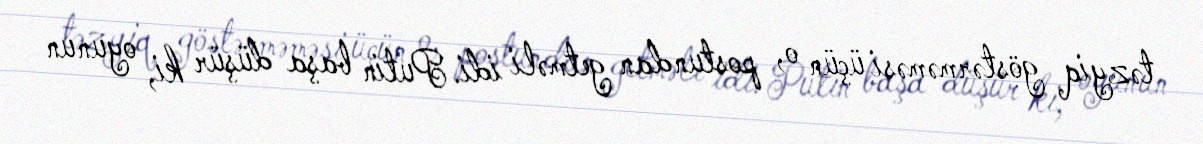
təzyiq göstərməməsi üçün o, postundan getməli idi. Putin başa düşür ki, oyunun